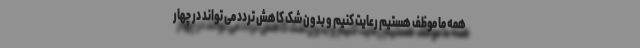
همه ما موظف هستیم رعایت کنیم و بدون شک کاهش تردد می تواند در چهار